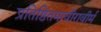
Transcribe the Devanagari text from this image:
प्रतिष्ठितमावीरावीर्म